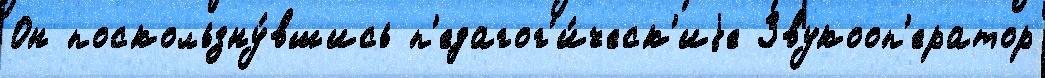
Он поскользну́вшись п'едагог'и́ческ'иjе Звукооп'ератор